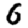
Digit: 6